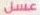
عسل